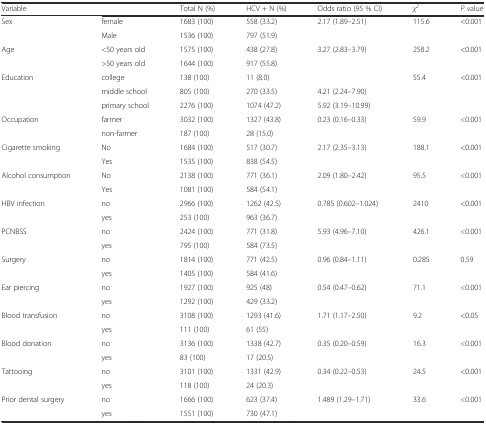
<table><thead><tr><td><b>Variable</b></td><td></td><td><b>Total N (%)</b></td><td><b>HCV + N (%)</b></td><td><b>Odds ratio (95 % CI)</b></td><td><b><i>χ</i><sup><i>2</i></sup></b></td><td><b><i>P</i> value</b></td></tr></thead><tbody><tr><td>Sex</td><td>female</td><td>1683 (100)</td><td>558 (33.2)</td><td>2.17 (1.89–2.51)</td><td>115.6</td><td>&lt;0.001</td></tr><tr><td></td><td>Male</td><td>1536 (100)</td><td>797 (51.9)</td><td></td><td></td><td></td></tr><tr><td>Age</td><td>&lt;50 years old</td><td>1575 (100)</td><td>438 (27.8)</td><td>3.27 (2.83–3.79)</td><td>258.2</td><td>&lt;0.001</td></tr><tr><td></td><td>&gt;50 years old</td><td>1644 (100)</td><td>917 (55.8)</td><td></td><td></td><td></td></tr><tr><td>Education</td><td>college</td><td>138 (100)</td><td>11 (8.0)</td><td></td><td>55.4</td><td>&lt;0.001</td></tr><tr><td></td><td>middle school</td><td>805 (100)</td><td>270 (33.5)</td><td>4.21 (2.24–7.90)</td><td></td><td></td></tr><tr><td></td><td>primary school</td><td>2276 (100)</td><td>1074 (47.2)</td><td>5.92 (3.19–10.99)</td><td></td><td></td></tr><tr><td>Occupation</td><td>farmer</td><td>3032 (100)</td><td>1327 (43.8)</td><td>0.23 (0.16–0.33)</td><td>59.9</td><td>&lt;0.001</td></tr><tr><td></td><td>non-farmer</td><td>187 (100)</td><td>28 (15.0)</td><td></td><td></td><td></td></tr><tr><td>Cigarette smoking</td><td>No</td><td>1684 (100)</td><td>517 (30.7)</td><td>2.17 (2.35–3.13)</td><td>188.1</td><td>&lt;0.001</td></tr><tr><td></td><td>Yes</td><td>1535 (100)</td><td>838 (54.5)</td><td></td><td></td><td></td></tr><tr><td>Alcohol consumption</td><td>No</td><td>2138 (100)</td><td>771 (36.1)</td><td>2.09 (1.80–2.42)</td><td>95.5</td><td>&lt;0.001</td></tr><tr><td></td><td>Yes</td><td>1081 (100)</td><td>584 (54.1)</td><td></td><td></td><td></td></tr><tr><td>HBV infection</td><td>no</td><td>2966 (100)</td><td>1262 (42.5)</td><td>0.785 (0.602–1.024)</td><td>2410</td><td>&lt;0.001</td></tr><tr><td></td><td>yes</td><td>253 (100)</td><td>963 (36.7)</td><td></td><td></td><td></td></tr><tr><td>PCNBSS</td><td>no</td><td>2424 (100)</td><td>771 (31.8)</td><td>5.93 (4.96–7.10)</td><td>426.1</td><td>&lt;0.001</td></tr><tr><td></td><td>yes</td><td>795 (100)</td><td>584 (73.5)</td><td></td><td></td><td></td></tr><tr><td>Surgery</td><td>no</td><td>1814 (100)</td><td>771 (42.5)</td><td>0.96 (0.84–1.11)</td><td>0.285</td><td>0.59</td></tr><tr><td></td><td>yes</td><td>1405 (100)</td><td>584 (41.6)</td><td></td><td></td><td></td></tr><tr><td>Ear piercing</td><td>no</td><td>1927 (100)</td><td>925 (48)</td><td>0.54 (0.47–0.62)</td><td>71.1</td><td>&lt;0.001</td></tr><tr><td></td><td>yes</td><td>1292 (100)</td><td>429 (33.2)</td><td></td><td></td><td></td></tr><tr><td>Blood transfusion</td><td>no</td><td>3108 (100)</td><td>1293 (41.6)</td><td>1.71 (1.17–2.50)</td><td>9.2</td><td>&lt;0.05</td></tr><tr><td></td><td>yes</td><td>111 (100)</td><td>61 (55)</td><td></td><td></td><td></td></tr><tr><td>Blood donation</td><td>no</td><td>3136 (100)</td><td>1338 (42.7)</td><td>0.35 (0.20–0.59)</td><td>16.3</td><td>&lt;0.001</td></tr><tr><td></td><td>yes</td><td>83 (100)</td><td>17 (20.5)</td><td></td><td></td><td></td></tr><tr><td>Tattooing</td><td>no</td><td>3101 (100)</td><td>1331 (42.9)</td><td>0.34 (0.22–0.53)</td><td>24.5</td><td>&lt;0.001</td></tr><tr><td></td><td>yes</td><td>118 (100)</td><td>24 (20.3)</td><td></td><td></td><td></td></tr><tr><td>Prior dental surgery</td><td>no</td><td>1666 (100)</td><td>623 (37.4)</td><td>1.489 (1.29–1.71)</td><td>33.6</td><td>&lt;0.001</td></tr><tr><td></td><td>yes</td><td>1551 (100)</td><td>730 (47.1)</td><td></td><td></td><td></td></tr></tbody></table>